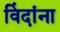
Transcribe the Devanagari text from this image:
विंदांना